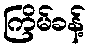
ကြိမ်ခန့်